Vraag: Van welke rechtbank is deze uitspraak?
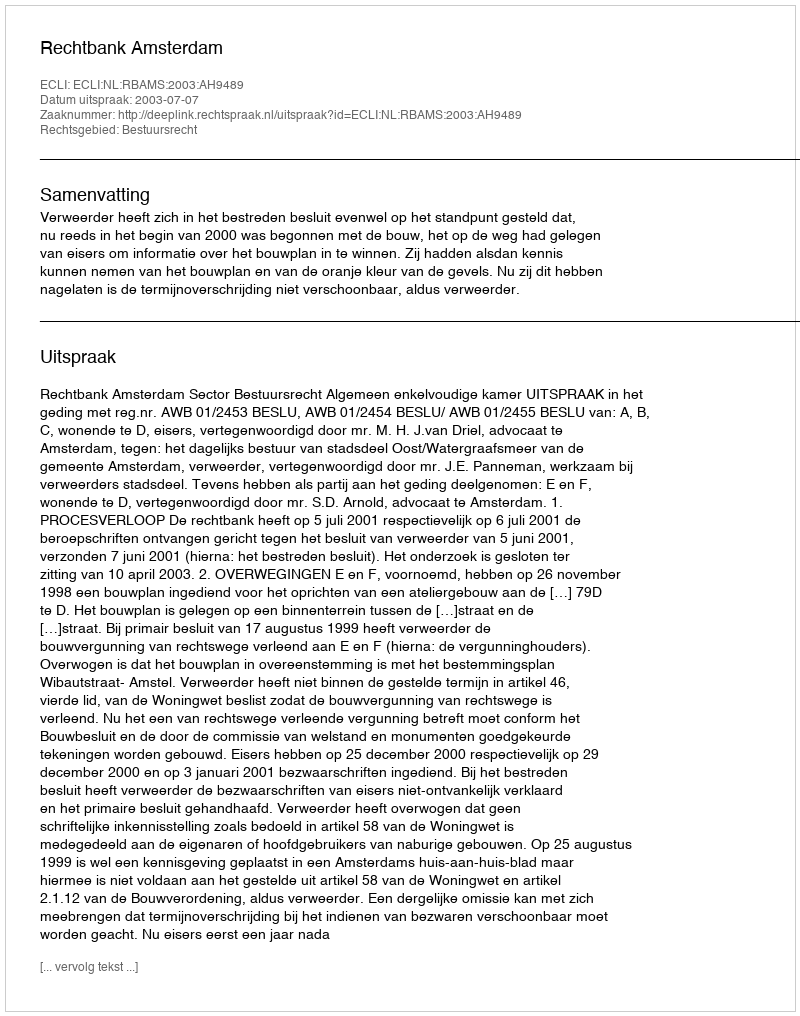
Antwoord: Rechtbank Amsterdam